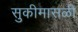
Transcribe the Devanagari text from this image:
सुकीमासळी